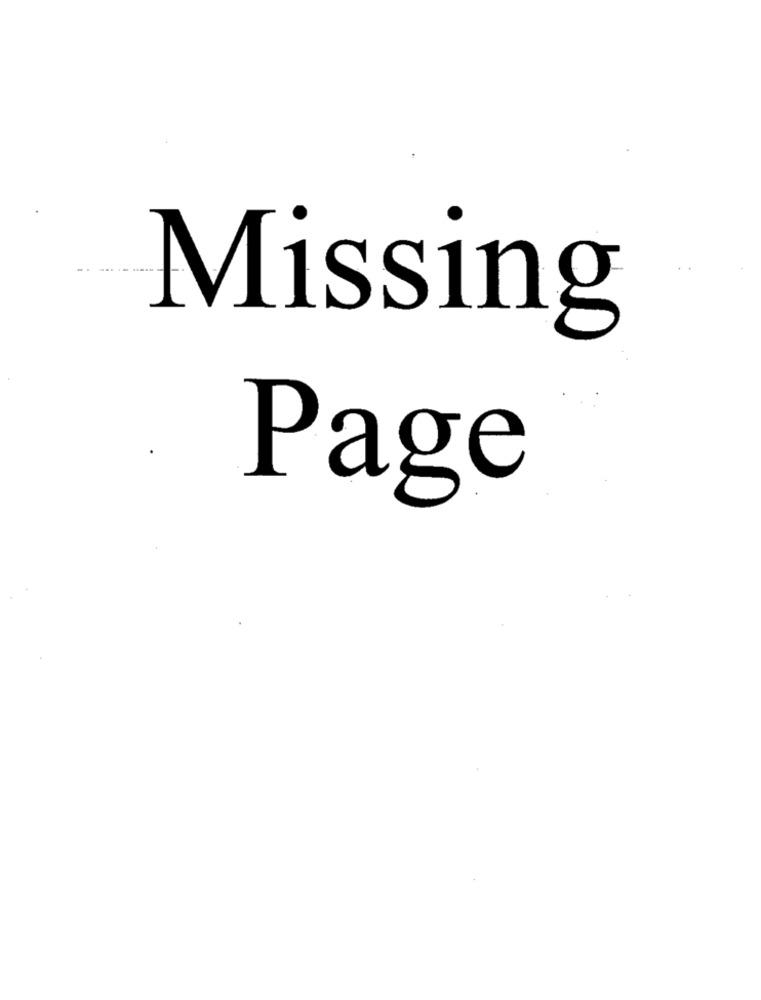
Missing
Page